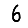
Digit: 6